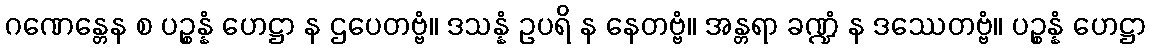
ဂဏေန္တေန စ ပဉ္စန္နံ ဟေဋ္ဌာ န ဌပေတဗ္ဗံ။ ဒသန္နံ ဥပရိ န နေတဗ္ဗံ။ အန္တရာ ခဏ္ဍံ န ဒဿေတဗ္ဗံ။ ပဉ္စန္နံ ဟေဋ္ဌာ